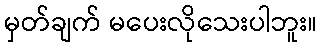
မှတ်ချက် မပေးလိုသေးပါဘူး။